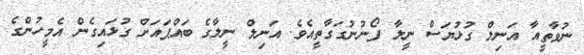
ނުވާތީއާ އަނިލް ގުޅުޔަސް ނީލާ ފޯނުނުގަގާތީއެވެ. އަނިލް ނީލާގެ ބައްޕައަށް ގުޅައިގެން އެމީހުންގެ